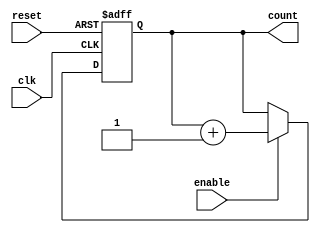
module up_counter #(
    parameter N = 4  // Parameter for counter width (4 bits by default)
) (
    input wire clk,           // Clock signal
    input wire enable,        // Enable signal
    input wire reset,         // Reset signal
    output reg [N-1:0] count  // N-bit count output
);

    // On rising edge of clock
    always @(posedge clk or posedge reset) begin
        if (reset) begin
            count <= 0;  // Reset count to 0
        end else if (enable) begin
            count <= count + 1; // Increment count
        end
        // If enable is low, do nothing (retain current value)
    end

endmodule